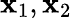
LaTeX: \mathbf{x}_{1},\mathbf{x}_{2}